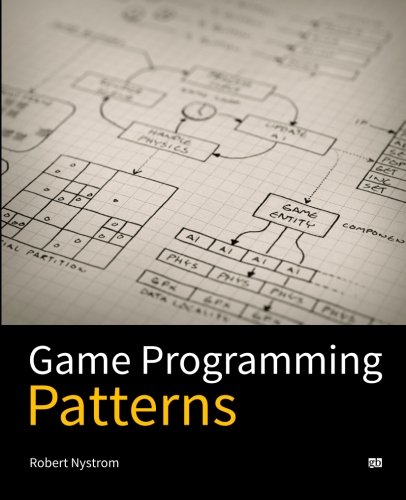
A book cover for Game Programming Patterns; Robert Nystrom; Computers & Technology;